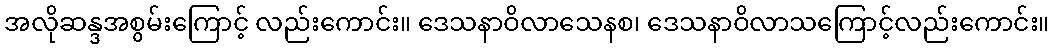
အလိုဆန္ဒအစွမ်းကြောင့် လည်းကောင်း။ ဒေသနာဝိလာသေနစ၊ ဒေသနာဝိလာသကြောင့်လည်းကောင်း။